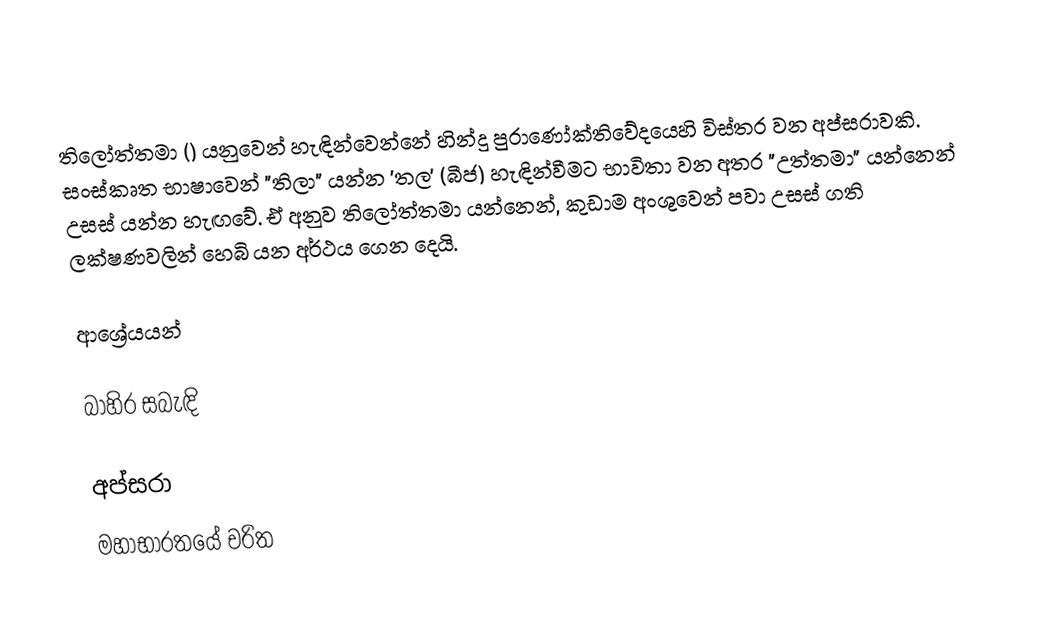
තිලෝත්තමා () යනුවෙන් හැඳින්වෙන්නේ හින්දු පුරාණෝක්තිවේදයෙහි විස්තර වන අප්සරාවකි. සංස්කෘත භාෂාවෙන් "තිලා" යන්න 'තල' (බීජ) හැඳින්වීමට භාවිතා වන අතර "උත්තමා" යන්නෙන් උසස් යන්න හැඟවේ. ඒ අනුව තිලෝත්තමා යන්නෙන්, කුඩාම අංශුවෙන් පවා උසස් ගති ලක්ෂණවලින් හෙබි යන අර්ථය ගෙන දෙයි.

ආශ්‍රේයයන්

බාහිර සබැඳි

අප්සරා
මහාභාරතයේ චරිත